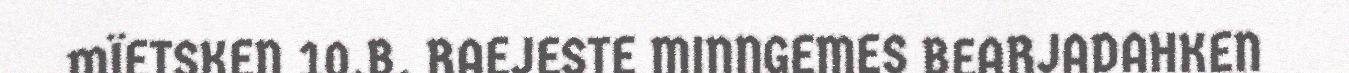
MÏETSKEN 10.B. RAEJESTE MINNGEMES BEARJADAHKEN